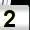
Digit: 2